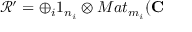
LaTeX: \mathcal { R } ^ { \prime } = \oplus _ { i } 1 _ { n _ { i } } \otimes M a t _ { m _ { i } } ( \mathbf { C }